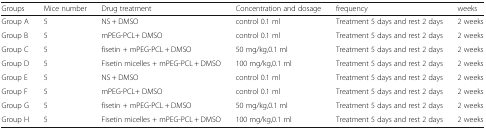
<table><thead><tr><td><b>Groups</b></td><td><b>Mice number</b></td><td><b>Drug treatment</b></td><td><b>Concentration and dosage</b></td><td><b>frequency</b></td><td><b>weeks</b></td></tr></thead><tbody><tr><td>Group A</td><td>5</td><td>NS + DMSO</td><td>control 0.1 ml</td><td>Treatment 5 days and rest 2 days</td><td>2 weeks</td></tr><tr><td>Group B</td><td>5</td><td>mPEG-PCL+ DMSO</td><td>control 0.1 ml</td><td>Treatment 5 days and rest 2 days</td><td>2 weeks</td></tr><tr><td>Group C</td><td>5</td><td>fisetin + mPEG-PCL + DMSO</td><td>50 mg/kg,0.1 ml</td><td>Treatment 5 days and rest 2 days</td><td>2 weeks</td></tr><tr><td>Group D</td><td>5</td><td>Fisetin micelles + mPEG-PCL + DMSO</td><td>100 mg/kg,0.1 ml</td><td>Treatment 5 days and rest 2 days</td><td>2 weeks</td></tr><tr><td>Group E</td><td>5</td><td>NS + DMSO</td><td>control 0.1 ml</td><td>Treatment 5 days and rest 2 days</td><td>2 weeks</td></tr><tr><td>Group F</td><td>5</td><td>mPEG-PCL+ DMSO</td><td>control 0.1 ml</td><td>Treatment 5 days and rest 2 days</td><td>2 weeks</td></tr><tr><td>Group G</td><td>5</td><td>fisetin + mPEG-PCL + DMSO</td><td>50 mg/kg,0.1 ml</td><td>Treatment 5 days and rest 2 days</td><td>2 weeks</td></tr><tr><td>Group H</td><td>5</td><td>Fisetin micelles + mPEG-PCL + DMSO</td><td>100 mg/kg,0.1 ml</td><td>Treatment 5 days and rest 2 days</td><td>2 weeks</td></tr></tbody></table>